Vaccination in the Punjab 1897-1904 - 1897-1904
Year: 1897
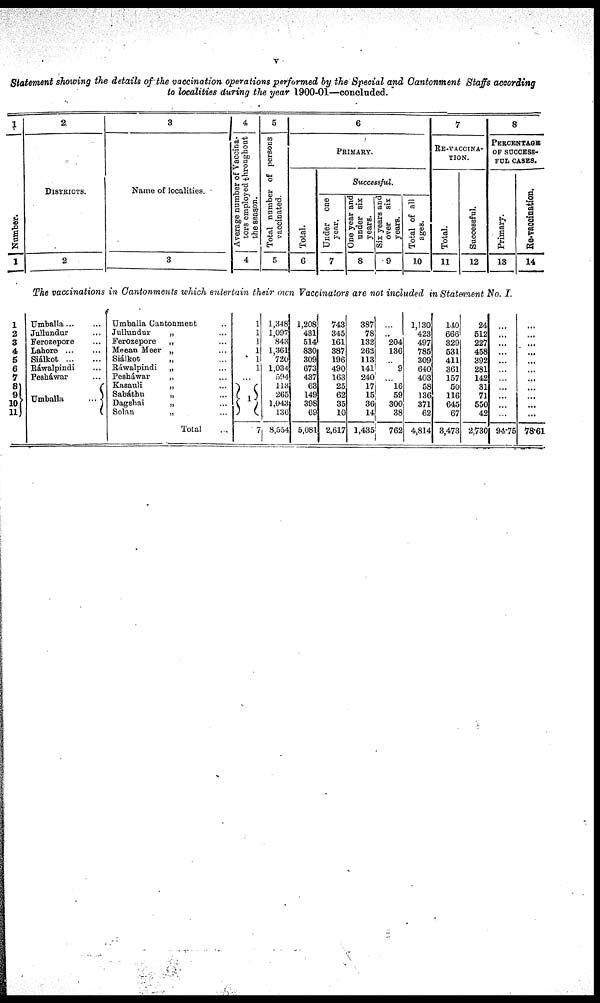
v
Statement showing the details of the vaccination operations performed by the Special and Cantonment Staffs according
to localities during the year 1900-01—concluded.
1
Number.
1
2.
DISTRICTS.
2
3
Name of localities.
3
Average number of Vaccina¬
tors employed throughout
the season.
4
5
Total number of persons
vaccinated.
5
6
PRIMARY.
Total.
6
Successful.
Under one
year.
7
One year and
under six
years.
8
Six years and
over
six
years.
9
Total of all
ages.
10
7
RE-VACCINA¬
----.
Total.
11
Successful.
12
8
PERCENTAGE
OF SUCCESS-
--- CASES.
Primary.
13
Re-vaccination.
14
The vaccinations in Cantonments which entertain their own Vaccinators are not included in Statement No. I.
1
2
3
4
5
6
7
8
9
10
11
Umballa ... ...
Jullundur ... ...
Ferozepore ... ...
Lahore ... ...
Siálkot
...
...
Ráwalpindi ... ...
Pesháwar ... ...
Umballa
...
...
Umballa Cantonment ...
Jullundur „ ...
Ferozepore „ ...
Meean Meer „ ...
Siálkot „ ...
Ráwalpindi „ ...
Pesháwar „ ...
Kasauli „ ...
Sabáthu „ ...
Dagshai „ ...
Solan
„
...
Total ...
1
1
1
1
1
1
...
1
7
1,348
1,097
843
1,361
720
1,034
594
113
265
1,043
136
8,554
1,208
431
514
830
309
673
437
63
149
398
69
5,081
743
345
161
387
196
490
163
25
62
35
10
2,617
387
78
132
262
113
141
240
17
15
36
14
1,485
...
...
204
136
...
9
...
16
59
300
38
762
1,130
423
497
785
309
640
403
58
136
371
62
4,814
140
666
329
531
411
361
157
50
116
645
67
3,473
24
512
227
458
392
281
142
31
71
550
42
2,730
...
...
...
...
...
...
...
...
...
...
...
94.75
...
...
...
...
...
...
...
...
...
...
...
78.61